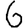
Digit: 6